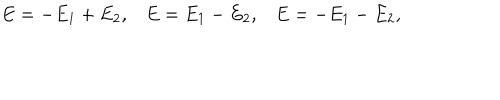
\begin{array} { l l l } { { E = - E _ { 1 } + E _ { 2 } , } } & { { E = E _ { 1 } - E _ { 2 } , } } & { { E = - E _ { 1 } - E _ { 2 } , } } \\ \end{array}